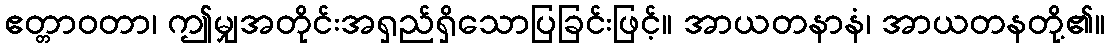
ဧတ္တာဝတာ၊ ဤမျှအတိုင်းအရှည်ရှိသောပြခြင်းဖြင့်။ အာယတနာနံ၊ အာယတနတို့၏။